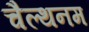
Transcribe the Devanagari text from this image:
चैल्थनम